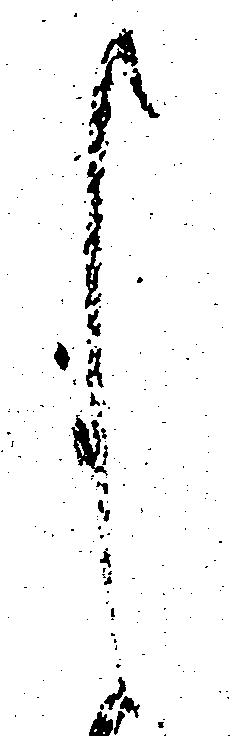
し